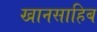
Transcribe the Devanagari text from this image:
खानसाहिब